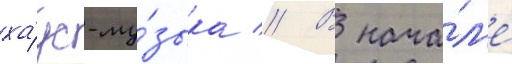
ха́ус-му́зыка // В нача́л'е